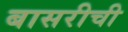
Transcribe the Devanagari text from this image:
बासरीची